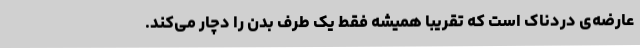
عارضه‌ی دردناک است که تقریباً همیشه فقط یک طرف بدن را دچار می‌کند.